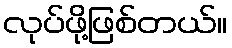
လုပ်ဖို့ဖြစ်တယ်။